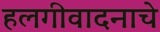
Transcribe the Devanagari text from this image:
हलगीवादनाचे